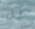
كل